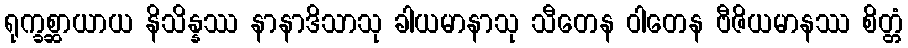
ရုက္ခစ္ဆာယာယ နိသိန္နဿ နာနာဒိသာသု ခါယမာနာသု သီတေန ဝါတေန ဗီဇိယမာနဿ စိတ္တံ